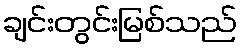
ချင်းတွင်းမြစ်သည်